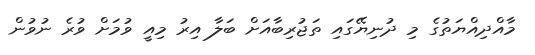
މާއްދިއްޔަތުގެ މި ދުނިޔޭގައި ތަޖުރިބާއަށް ބަލާ އިރު މިއީ ވުމަށް ވުރެ ނުވުން